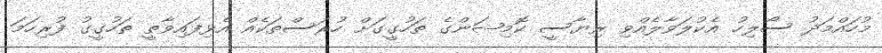
މުހައްމަދު ސޯލިހު އެކުލަވާލެއްވި ރިޔާސީ ކޮމިޝަންގެ ތަހުގީގަށް ހުރަސްތަކެއް އެޅިފައިވާތީ ތަހުގީގު ފުރިހަމަ